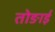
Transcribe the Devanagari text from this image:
तोङाई